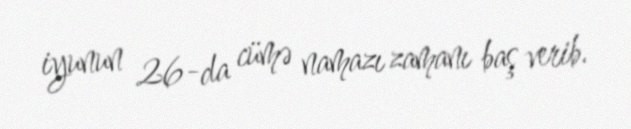
iyunun 26-da cümə namazı zamanı baş verib.